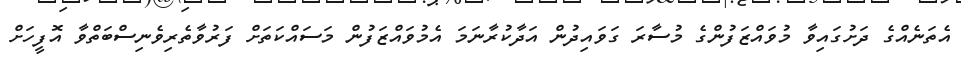
އެތަނެއްގެ ދަށުގައިވާ މުވައްޒަފުންގެ މުސާރަ ގަވައިދުން އަދާކުރާނަމަ އެމުވައްޒަފުން މަސައްކަތަށް ފަރުވާތެރިވެނިސްބަތްވާ އޮފީހަށް